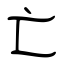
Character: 亡